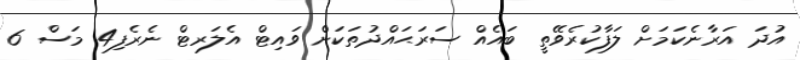
އުދަ އަރާނެކަމަށް ލަފާކުރެވޭތީ ބައެއް ސަރަޙައްދުތަކަށް ވައިޓް އެލަރޓް ނެރެފި4 މަސް 6